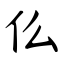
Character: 仫